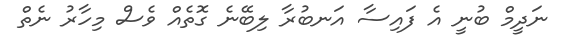
ނަދީމް ބުނީ އެ ފައިސާ އަނބުރާ ލިބޭނެ ގޮތެއް ވެސް މިހާރު ނެތް